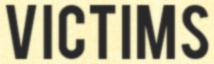
VICTIMS